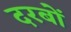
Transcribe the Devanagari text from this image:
दरबों